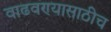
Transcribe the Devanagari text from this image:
वाढवण्यासाठीच